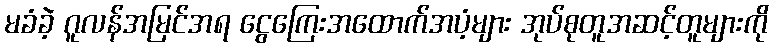
မခံခဲ့ ဂူလန်အမြင်အရ ငွေကြေးအထောက်အပံ့များ အုပ်စုတူအဆင့်တူများကို